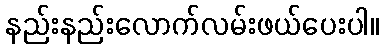
နည်းနည်းလောက်လမ်းဖယ်ပေးပါ။